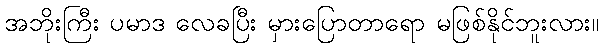
အဘိုးကြီး ပမာဒ လေခပြီး မှားပြောတာရော မဖြစ်နိုင်ဘူးလား။